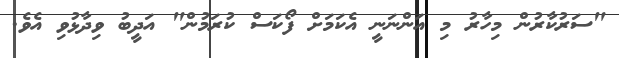
"ސަރުކާރުން މިހާރު މި އަންނަނީ އެކަމަށް ފޯކަސް ކުރަމުން" އަދީބު ވިދާޅުވި އެވެ.